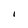
Character: i